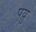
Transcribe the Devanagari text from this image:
पयु